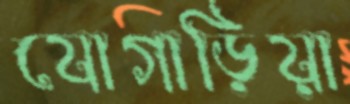
যোগাড়িয়া